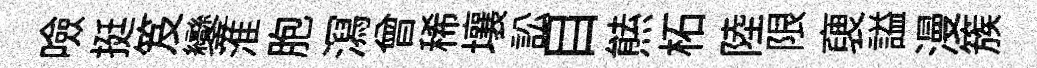
噞挺笈鑾淮胞㵼曾稀壤訟目㷱柘陸限褏謚漫簇